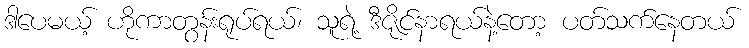
ဒါပေမယ့် ဟိုကာတွန်းရုပ်ရယ်၊ သူရဲ့ ဒီဇိုင်နာရယ်နဲ့တော့ ပတ်သက်နေတယ်